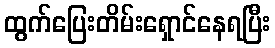
ထွက်ပြေးတိမ်းရှောင်နေရပြီး